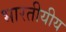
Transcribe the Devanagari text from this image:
भारतीयीय